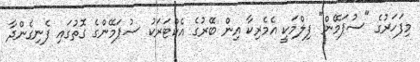
މިފަހަރުގެ "ސުޕަމޭން" ފިލްމަކީ އެމެރިކާ އިން ބޭރުގެ އެކްޓަރަކު ސުޕަމޭންގެ ގޮތުގައި ފެނިގެންދާ